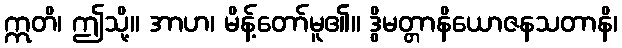
ဣတိ၊ ဤသို့။ အာဟ၊ မိန့်တော်မူ၏။ ဒွိမတ္တာနိယောဇနသတာနိ၊